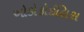
ઓડોકોઈલિસ